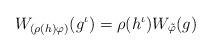
LaTeX: \begin{align*}W_{(\rho(h)\varphi)}(g^\iota)=\rho(h^\iota)W_{\tilde{\varphi}}(g)\end{align*}